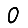
Digit: 0